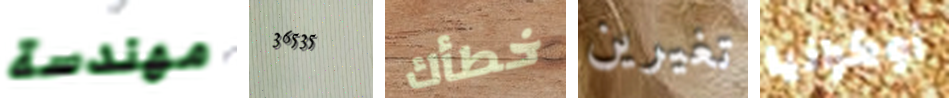
مهندسة 36535 خطأك تغيرين أوكرانيا